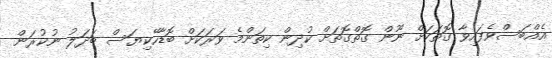
އެއްބަސްވެފައިވާ ގޮތަކަށް ނޫން ގޮތްގޮތަށް ކުދިން ކިތަންމެ ވަރަކަށް ބޮޑާހޭކިޔަސް ބަދަލު ނުކުރަން